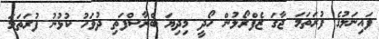
ފައިނަލުގެ ފުރަތަމަ ޖާގަ ޒެފްރޯލުން ހޯދީ މިދިޔަ ބްރާސްފަތި ދުވަހު ކުޅުނު ފުރަތަމަ